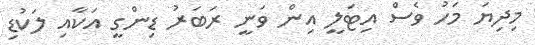
މިދިޔަ މަހު ވެސް އިޓަލީ އިން ވަނީ ރަބަރު ޑިންގީ އަކާއި ލަކުޑި